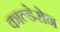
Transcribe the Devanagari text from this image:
काल्डेरोन